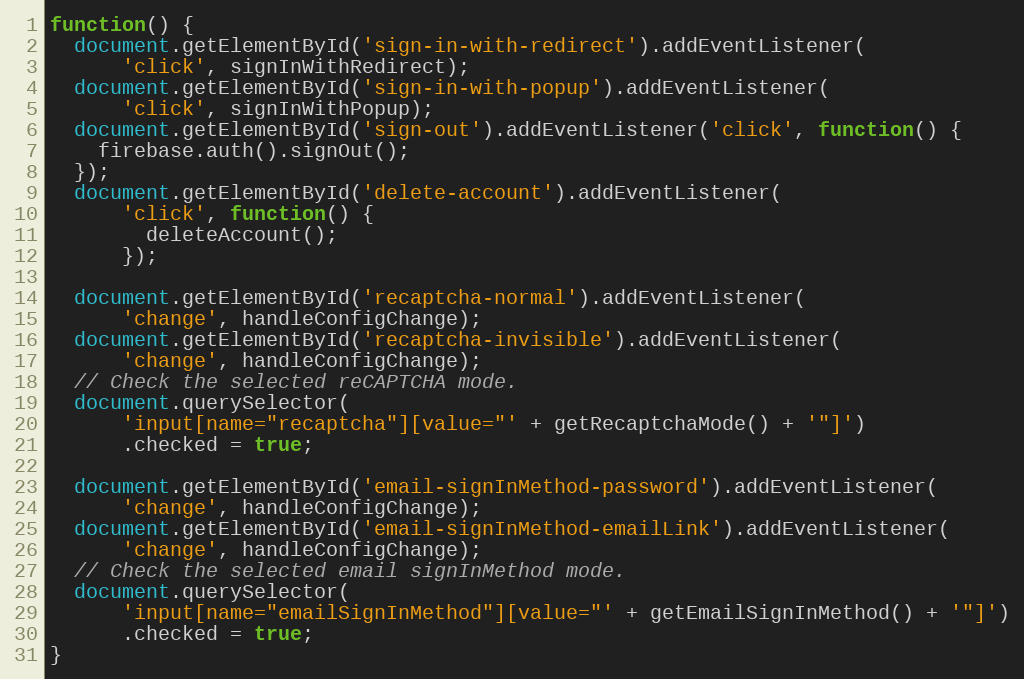
Language: JavaScript
function() {
  document.getElementById('sign-in-with-redirect').addEventListener(
      'click', signInWithRedirect);
  document.getElementById('sign-in-with-popup').addEventListener(
      'click', signInWithPopup);
  document.getElementById('sign-out').addEventListener('click', function() {
    firebase.auth().signOut();
  });
  document.getElementById('delete-account').addEventListener(
      'click', function() {
        deleteAccount();
      });

  document.getElementById('recaptcha-normal').addEventListener(
      'change', handleConfigChange);
  document.getElementById('recaptcha-invisible').addEventListener(
      'change', handleConfigChange);
  // Check the selected reCAPTCHA mode.
  document.querySelector(
      'input[name="recaptcha"][value="' + getRecaptchaMode() + '"]')
      .checked = true;

  document.getElementById('email-signInMethod-password').addEventListener(
      'change', handleConfigChange);
  document.getElementById('email-signInMethod-emailLink').addEventListener(
      'change', handleConfigChange);
  // Check the selected email signInMethod mode.
  document.querySelector(
      'input[name="emailSignInMethod"][value="' + getEmailSignInMethod() + '"]')
      .checked = true;
}